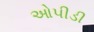
ઓપીડી